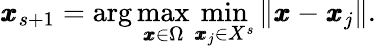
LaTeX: \pmb{x}_{s+1}=\arg\operatorname*{max}_{\pmb{x}\in\Omega}\operatorname*{min}_{\pmb{x}_{j}\in X^{s}}\| \pmb{x}-\pmb{x}_{j}\| .